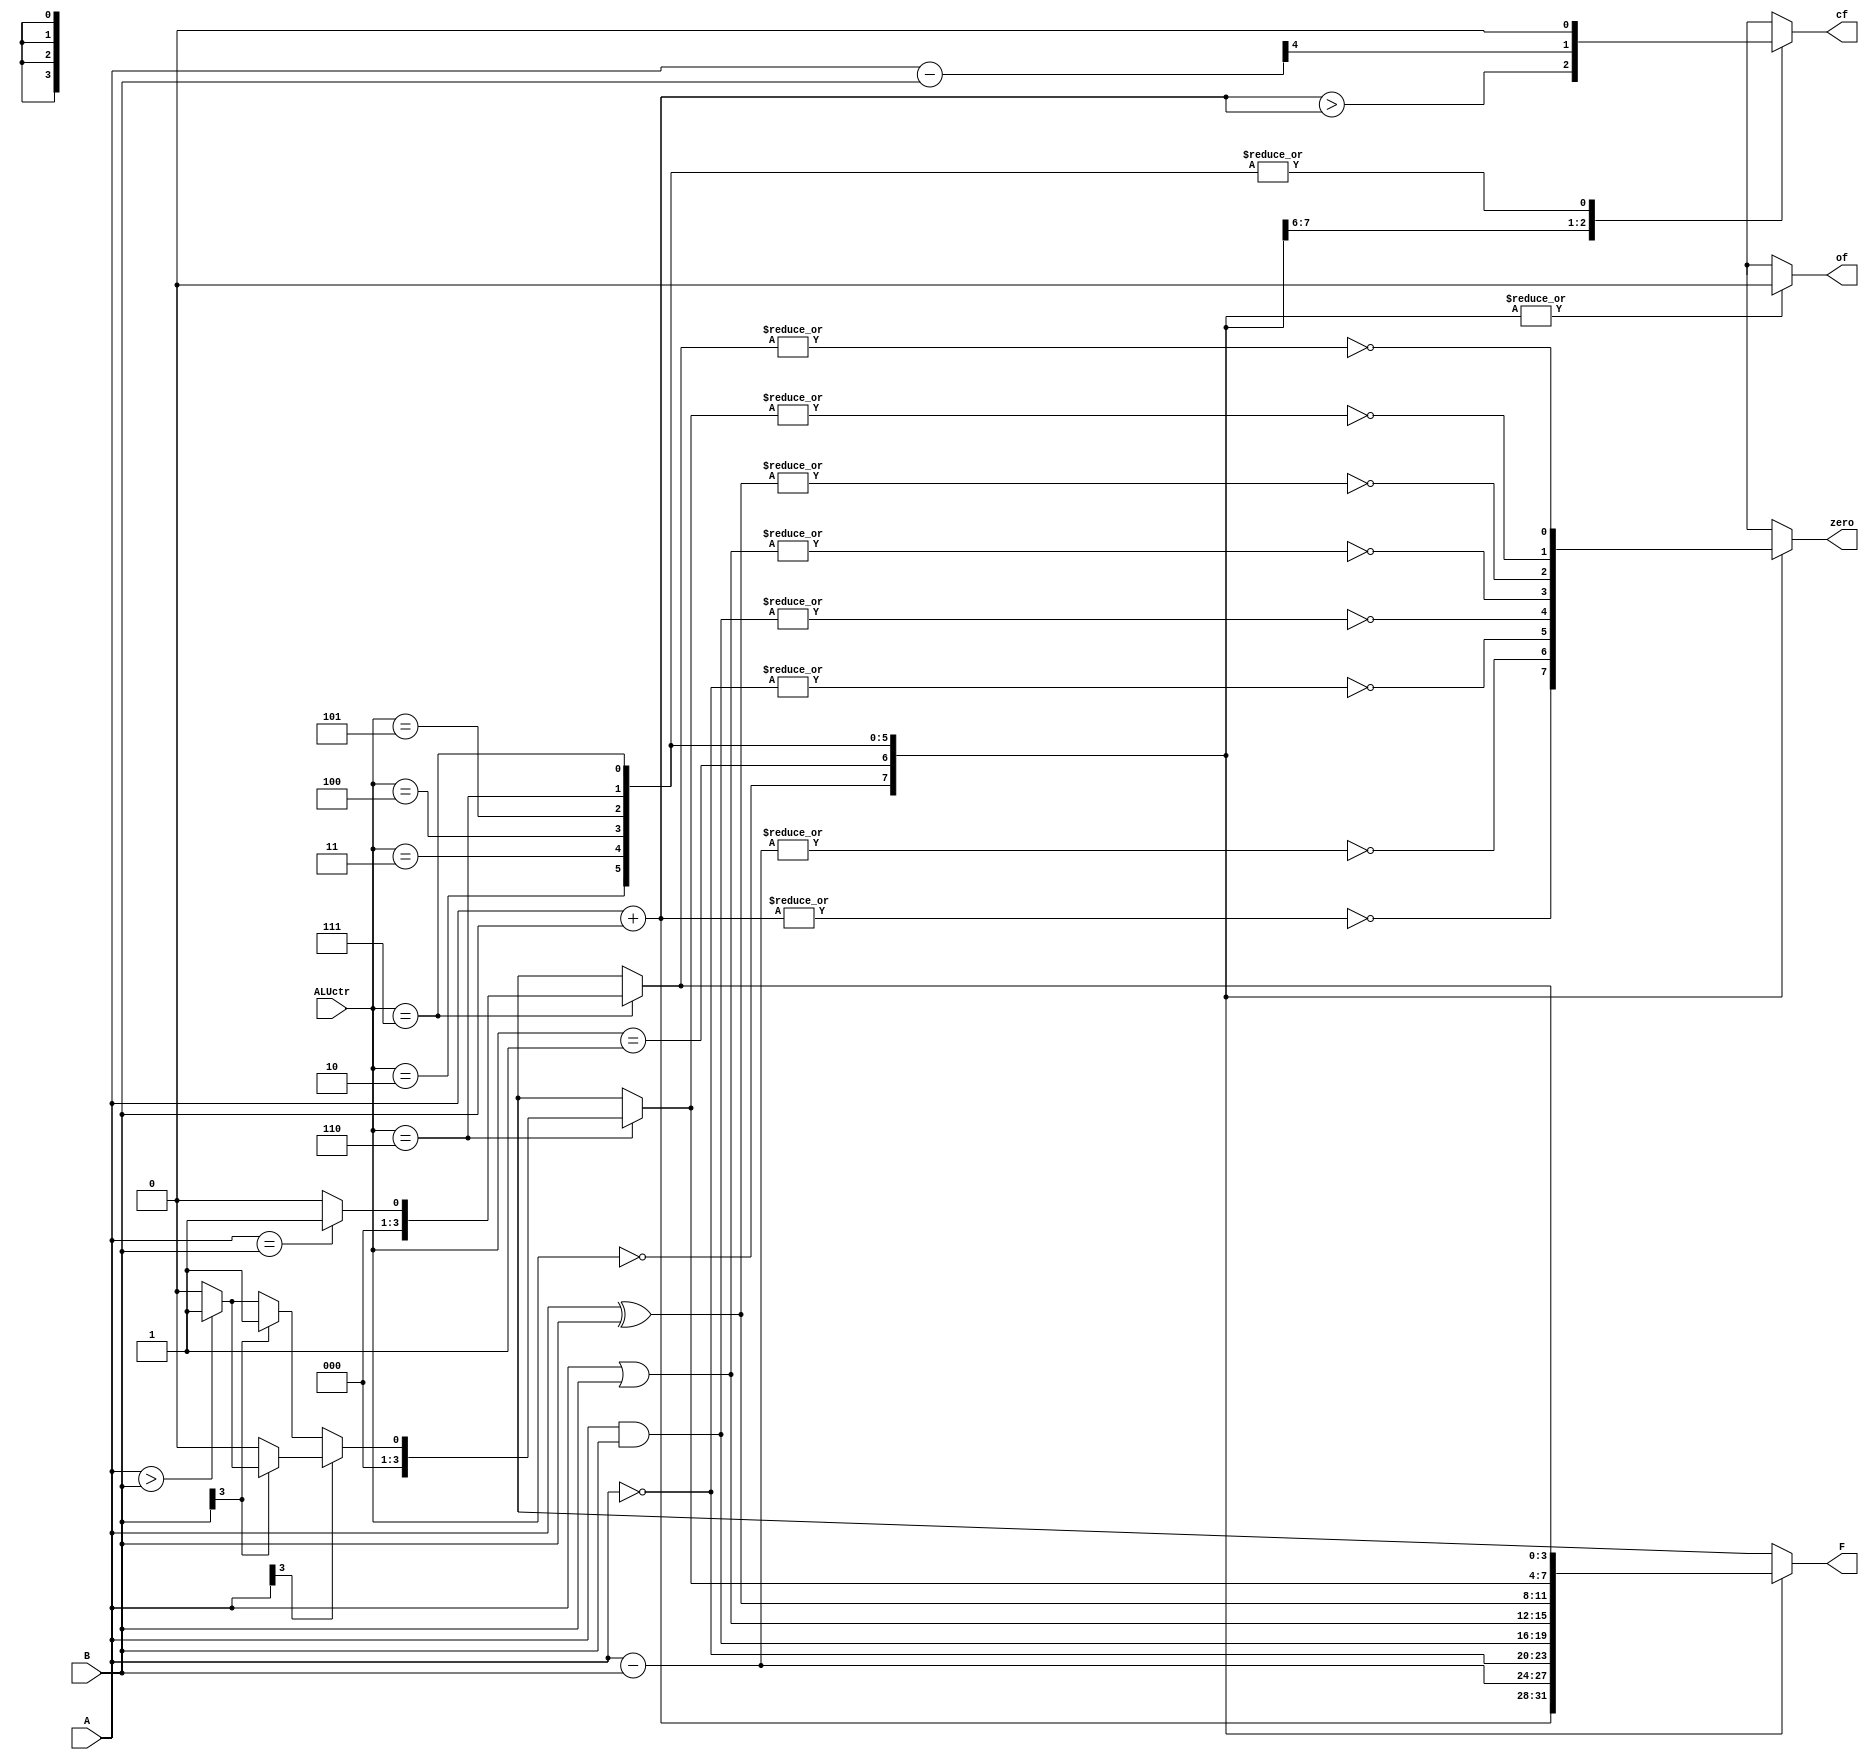
module ALU( input [3:0] A,
			  input [3:0] B,
			  input [2:0] ALUctr,
			  output reg [3:0] F,
			  output reg cf,
			  output reg zero,
			  output reg of
);

//add your code here
reg[4:0] t;
always @(*)
begin
  case (ALUctr)
  0: begin
	F=A+B;
	zero=~( | F);
	cf=(A+B>F);
	of=(F!=A+B);
  end
  1:begin
	F=A-B;
	zero=~( | F);
	of=(F!=A-B);
	t=A-B;
	cf=t[4];
  end
  2:begin
    F=~A;
	cf=0;
	of=0;
	zero=~( | F);
  end
  3:begin
    F=A&B;
	cf=0;
	of=0;
    zero=~( | F);
  end
  4:begin
    F=A|B;
	cf=0;
	of=0;
    zero=~( | F);
  end
  5:begin
    F=A^B;
	cf=0;
	of=0;
    zero=~( | F);
  end
  6:begin
    if(A[3]==0)
	begin
       if(B[3]==0)
	   begin
         if(A>B) F=4'b0001;
		 else F=4'b0000;
	   end
	   else
	     F=4'b0001;
	end
	else
	begin
       if(B[3]==0)
	   F=4'b0000;
	   else
	   begin
         if(A>B) F=4'b0001;
		 else F=4'b0000;
	   end
	end
	cf=0;
	of=0;
    zero=~( | F);
  end
  7:begin
  if(A==B) F=4'b0001;
  else F=4'b0000;
  cf=0;
  of=0;
  zero=~( | F);
  end
  endcase

end


endmodule